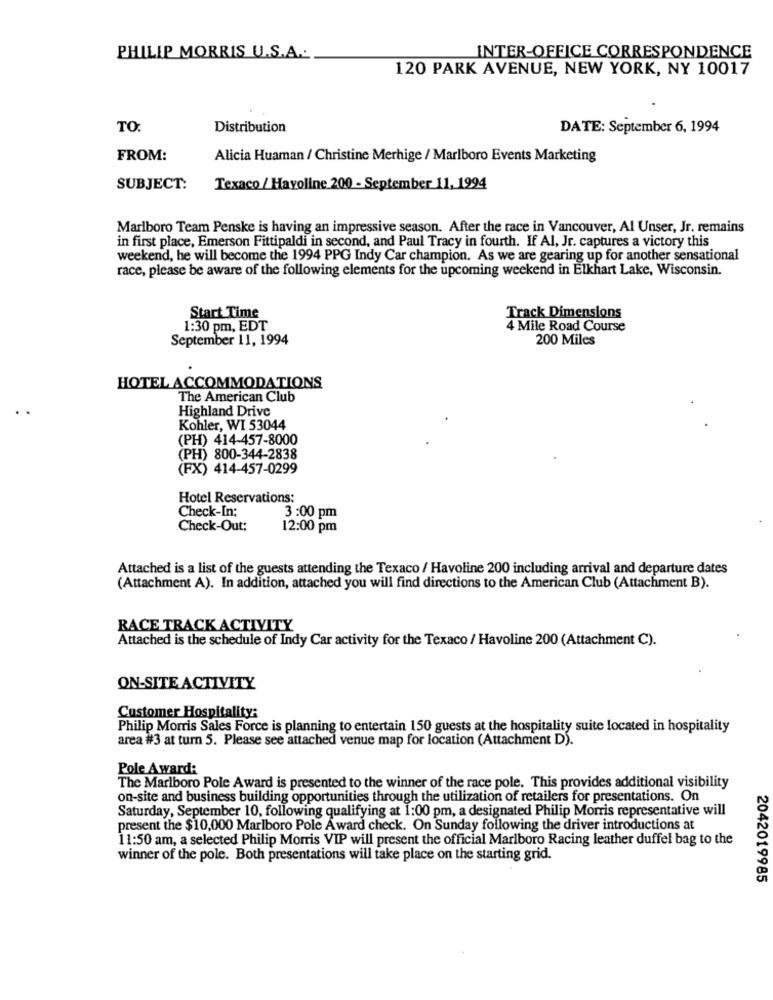
PHILIP MORRIS U.S.A ...
INTER-OFFICE CORRESPONDENCE
120 PARK AVENUE, NEW YORK, NY 10017
TO:
Distribution
DATE: September 6, 1994
FROM:
Alicia Huaman / Christine Merhige / Marlboro Events Marketing
SUBJECT:
Texaco / Havoline 200 - September 11, 1994
Marlboro Team Penske is having an impressive season. After the race in Vancouver, Al Unser, Jr. remains
in first place, Emerson Fittipaldi in second, and Paul Tracy in fourth. If Al, Jr. captures a victory this
weekend, he will become the 1994 PPG Indy Car champion. As we are gearing up for another sensational
race, please be aware of the following elements for the upcoming weekend in Elkhart Lake, Wisconsin.
Start Time
Track Dimensions
1:30 pm, EDT
4 Mile Road Course
September 11, 1994
200 Miles
HOTEL ACCOMMODATIONS
The American Club
Highland Drive
Kohler, WI 53044
(PH) 414-457-8000
(PH) 800-344-2838
(FX) 414-457-0299
Hotel Reservations:
Check-In:
3:00 pm
Check-Out:
12:00 pm
Attached is a list of the guests attending the Texaco / Havoline 200 including arrival and departure dates
(Attachment A). In addition, attached you will find directions to the American Club (Attachment B).
RACE TRACK ACTIVITY
Attached is the schedule of Indy Car activity for the Texaco / Havoline 200 (Attachment C).
ON-SITE ACTIVITY
Customer Hospitality:
Philip Morris Sales Force is planning to entertain 150 guests at the hospitality suite located in hospitality
area #3 at turn 5. Please see attached venue map for location (Attachment D).
Pole Award:
The Marlboro Pole Award is presented to the winner of the race pole. This provides additional visibility
on-site and business building opportunities through the utilization of retailers for presentations. On
Saturday, September 10, following qualifying at 1:00 pm, a designated Philip Morris representative will
present the $10,000 Marlboro Pole Award check. On Sunday following the driver introductions at
11:50 am, a selected Philip Morris VIP will present the official Marlboro Racing leather duffel bag to the
winner of the pole. Both presentations will take place on the starting grid.
2042019985